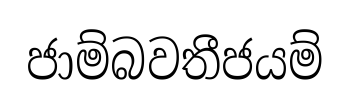
ජාම්බවතීජයම්